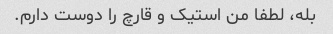
بله، لطفا من استیک و قارچ را دوست دارم.